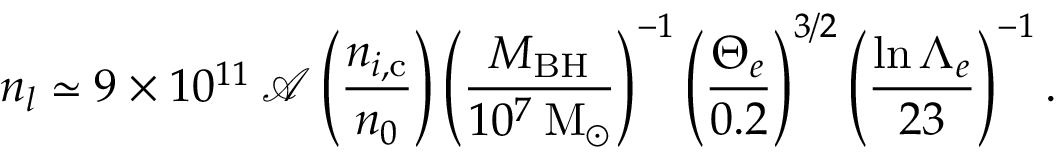
n _ { l } \simeq 9 \times 1 0 ^ { 1 1 } \: \mathcal { A } \left( \frac { n _ { i , \mathrm { c } } } { n _ { 0 } } \right) \left( \frac { M _ { \mathrm { B H } } } { 1 0 ^ { 7 } \: \mathrm { M } _ { \odot } } \right) ^ { - 1 } \left( \frac { \Theta _ { e } } { 0 . 2 } \right) ^ { 3 / 2 } \left( \frac { \ln { \Lambda _ { e } } } { 2 3 } \right) ^ { - 1 } .